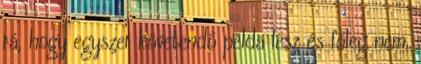
rá, hogy egyszer követendő példa lesz és főleg nem,